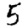
Digit: 5